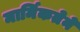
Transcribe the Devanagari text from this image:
मार्मिकतेने